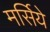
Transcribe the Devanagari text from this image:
मर्सिये